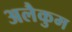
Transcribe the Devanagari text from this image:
अलैकुम